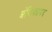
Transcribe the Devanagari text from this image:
अंजिक्यपद